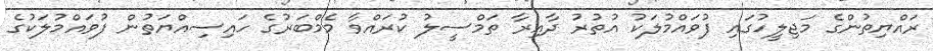
ރައްޔިތުންގެ މަޖިލީހުގައި ފުވައްމުލަކު އުތުރު ދާއިރާ ތަމްސީލު ކުރައްވާ މެމްބަރުގެ ހައިސިއްޔަތުން ފުވައްމުލަކުގެ